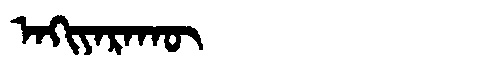
Manchu: ᠠᡴᡳᠶᠠᡵᠠᡴᡡ
Romanization: AKIYARAKŪ